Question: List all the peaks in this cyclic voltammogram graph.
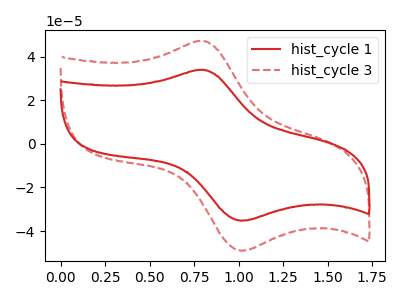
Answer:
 <answer>The red curve "hist_cycle 1" has an anodic peak at (0.80V, 34.00uA) and a cathodic peak at (1.00V, -35.25uA). The red dashed curve "hist_cycle 3" has an anodic peak at (0.80V, 47.30uA) and a cathodic peak at (1.00V, -49.00uA).</answer>
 <eval></eval>